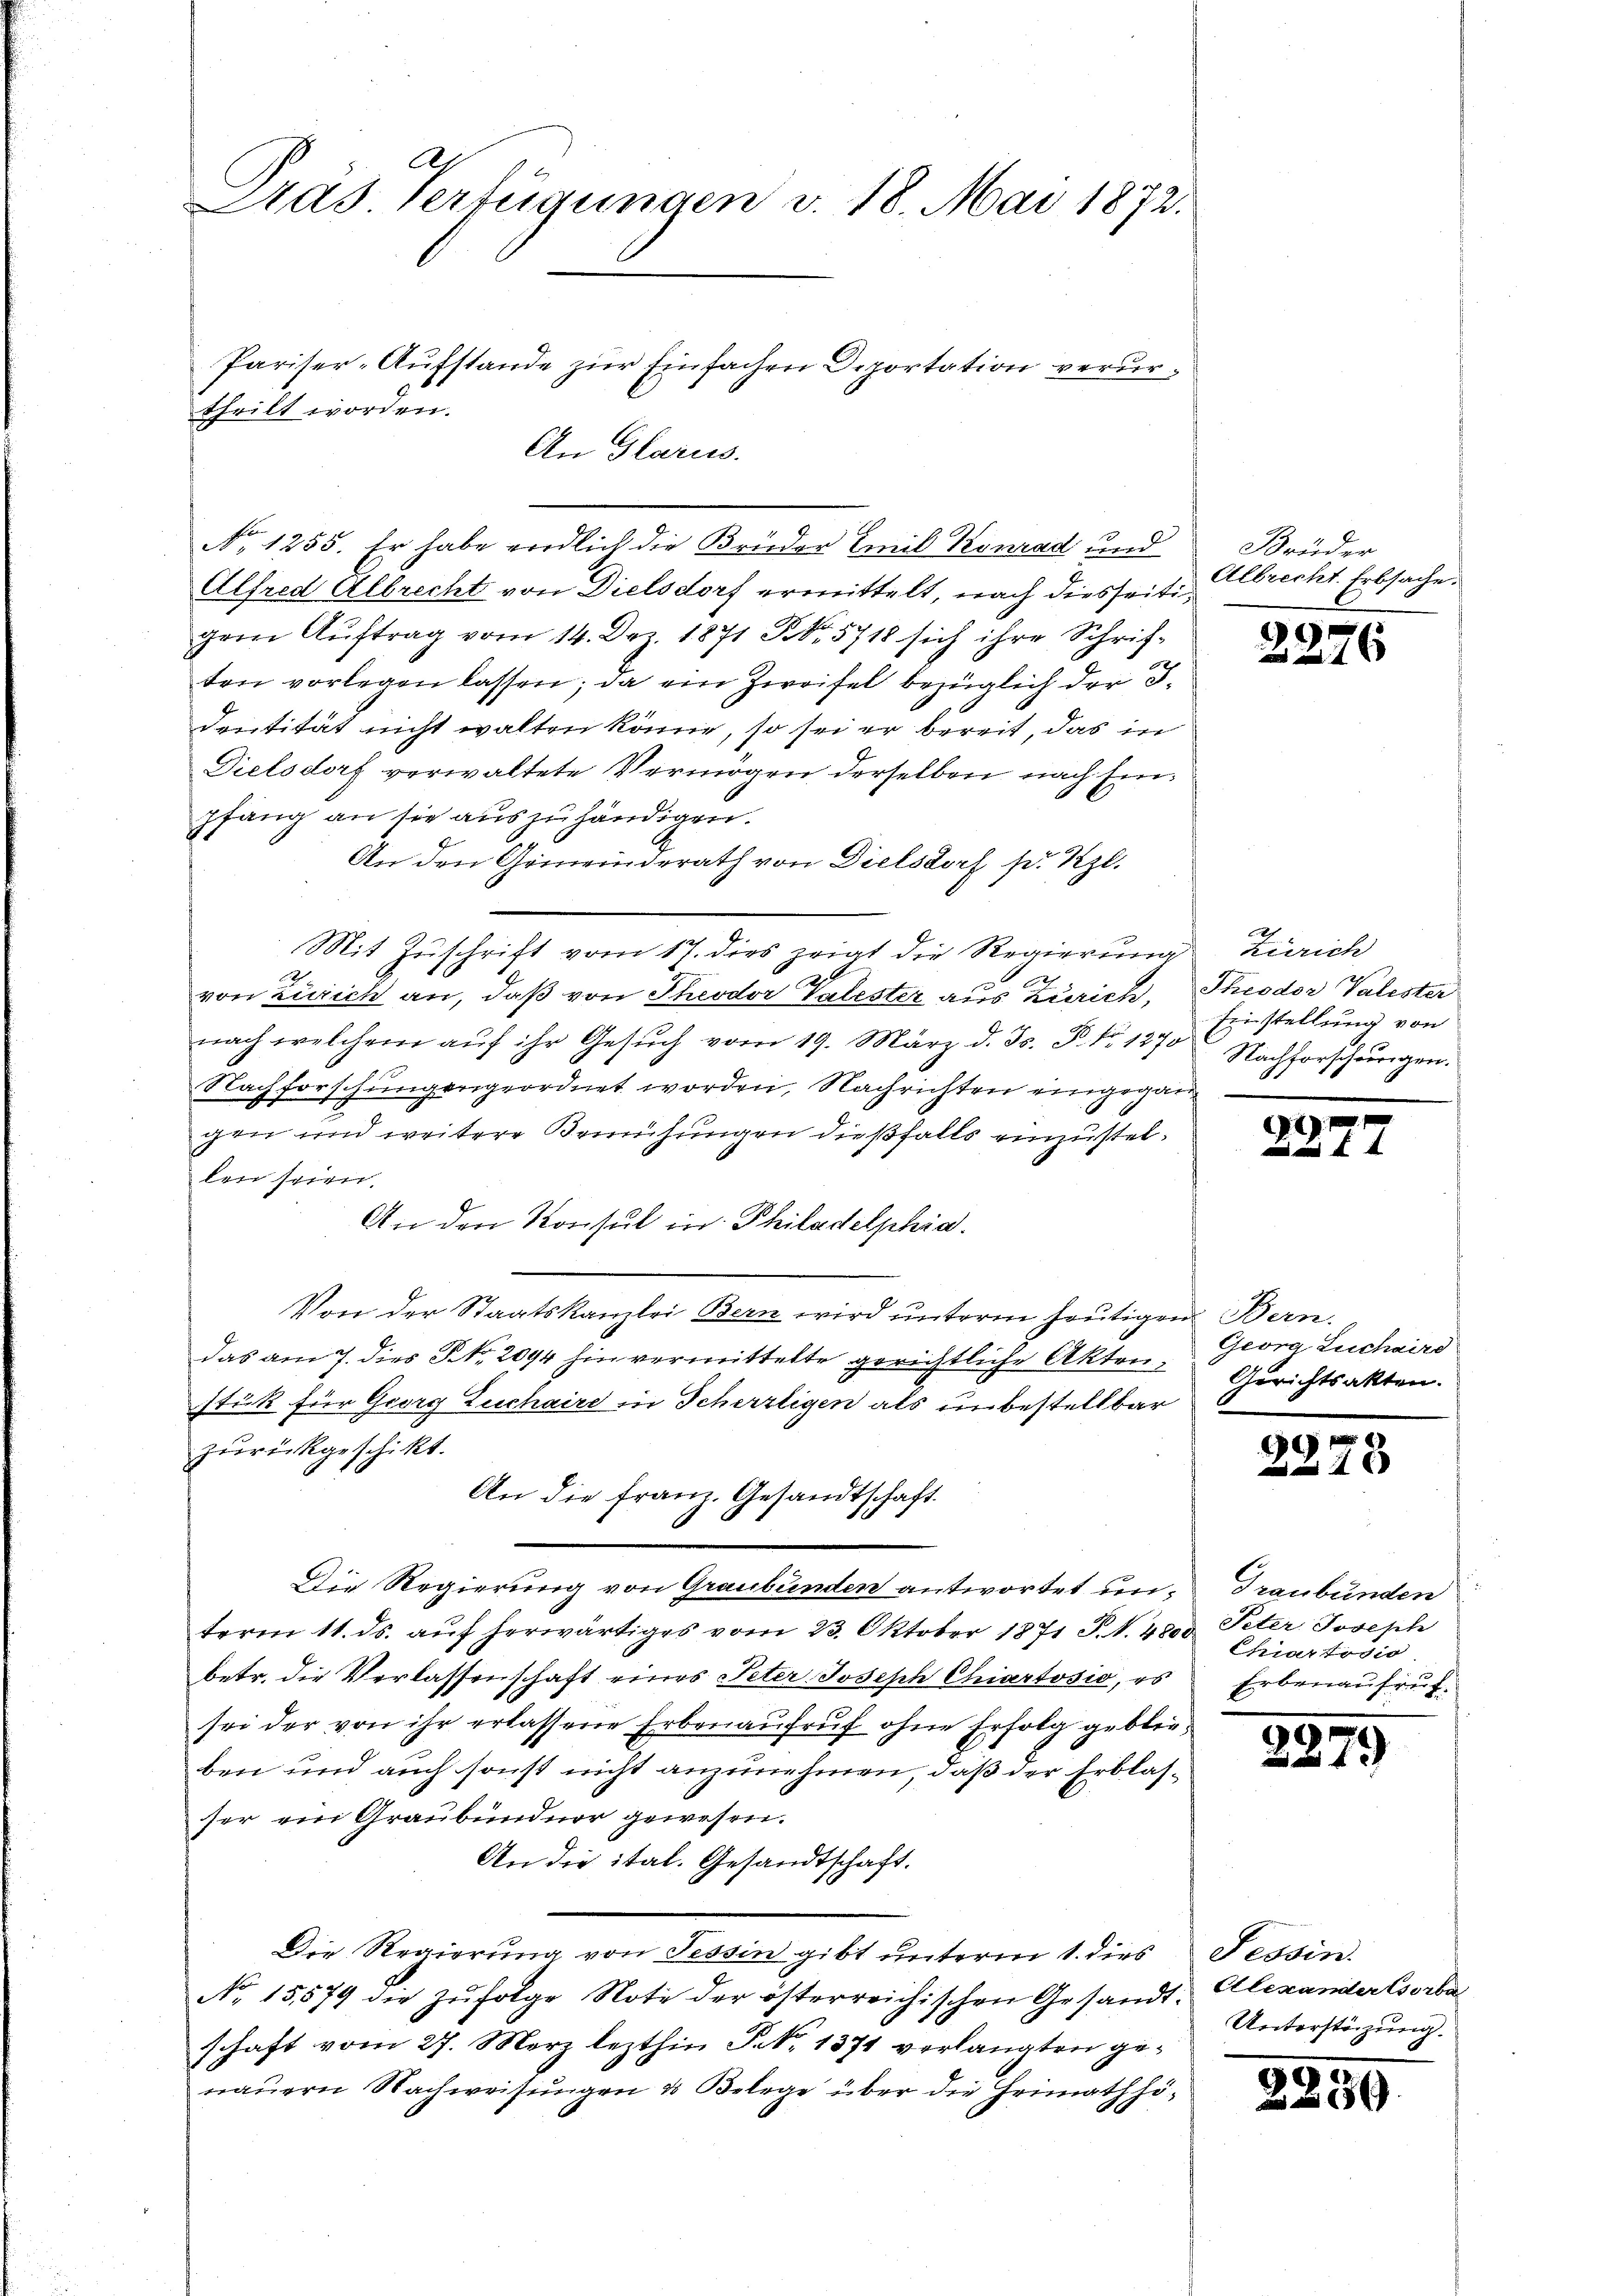
Aas Verfügungen v. 18. Mai 1872.
.
Pariser-Aufstande zur Einfachen Deportation verurtheilt worden.
An Glarus.

Alfred Albrecht von Dielsdorf ermittelt, nach diesseitigem Aŭftrag vom 14. Der 1871 Fr. 5718 sich ihre Schrif-
ten vorlegen lassen; da ein Zweifel bezüglich der Bdentität nicht walten könne, so sei er bereit, das in
Dielsdorf verwaltete Vermögen derselben nach Einpfang an sie auszuhändigen.
An den Gemeinderath von Dielsdorf p. Rzl.
Mit Zuschrift vom 17. dies zeigt die Regierŭng Zürich
2
e
von Zürich an, daß von Theodor Valester aus Zürich, Theodor Valester
nach welchem aŭf ihr Gesŭch vom 19. März d. Js. Z. 1270
Nachforschungengeordnet worden, Nachrichten eingegangen und weitere Bemühungen dießfalls einzustellen seien.
An den Konsul in Philadelphia.
Von der Staatskanzlei Bern wird ŭnterm heŭtigen Bern.
das am 7. dies P. Nr. 2094 hin vermittelte gerichtliche Akten,
stück für Georg Zuchaire in Scherzligen als unbestellbar
zurückgeschikt.
An die Franz. Gesandtschaft.
Die Regierung von Graubünden antwortet unterm 11. ds. auf herwärtiges vom 23. Oktober 1871 J. N. 4800
betr. die Verlassenschaft eines Peter- Joseph Chiartosio, es
sei der von ihr erlassene Erbenaufruf ohne Erfolg geblieben und auch sonst nicht anzunehmen, daß der Erblasser ein Graubündner gewesen.
An die ital. Gesandtschaft.
Die Regierŭng von Tessin gibt ŭnterm 1. dies Tessin.
No. 15579 die zŭfolge Note der österreichischen Gesandt, Alexander Corba
schaft vom 27. März lezthin P. Nr. 1371 verlangten genauern Nachweisungen & Belege über die Heimath hö¬

No. 1255. Er habe verdlich die Brüder Emil Konrad und

Brüder
Albrecht. Erbsache.

2276

Einstellung von
Nachforscheinigen.

¬
e

Graubünden
Peter Joseph
Chiartodio
Erbenaufruf.

3

d

Gevra Luchaird
Gerichtsakten.

88.

8

Unterstüzung.

259